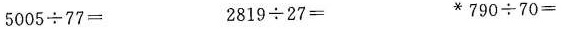
5005\div77= 2819\div27= *790\div70=